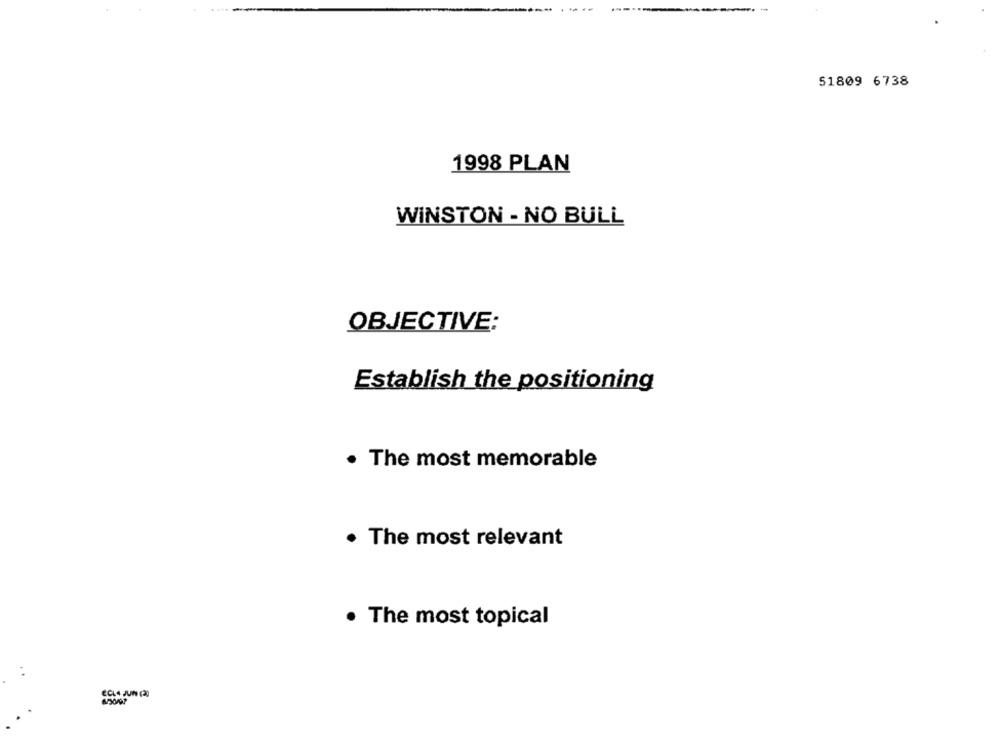
51809 6738
1998 PLAN
WINSTON - NO BULL
OBJECTIVE:
Establish the positioning
. The most memorable
. The most relevant
The most topical
ECLA JUIN (2)